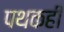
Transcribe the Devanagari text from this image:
पथकही